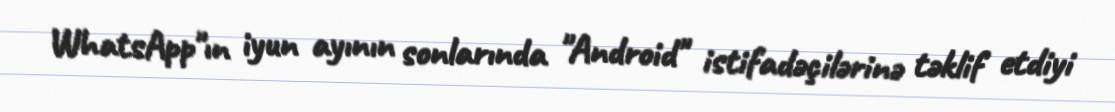
WhatsApp"ın iyun ayının sonlarında "Android" istifadəçilərinə təklif etdiyi